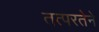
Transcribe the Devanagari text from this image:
तत्‍परतेने